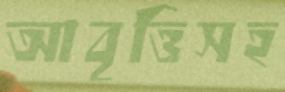
আবৃত্তিসহ